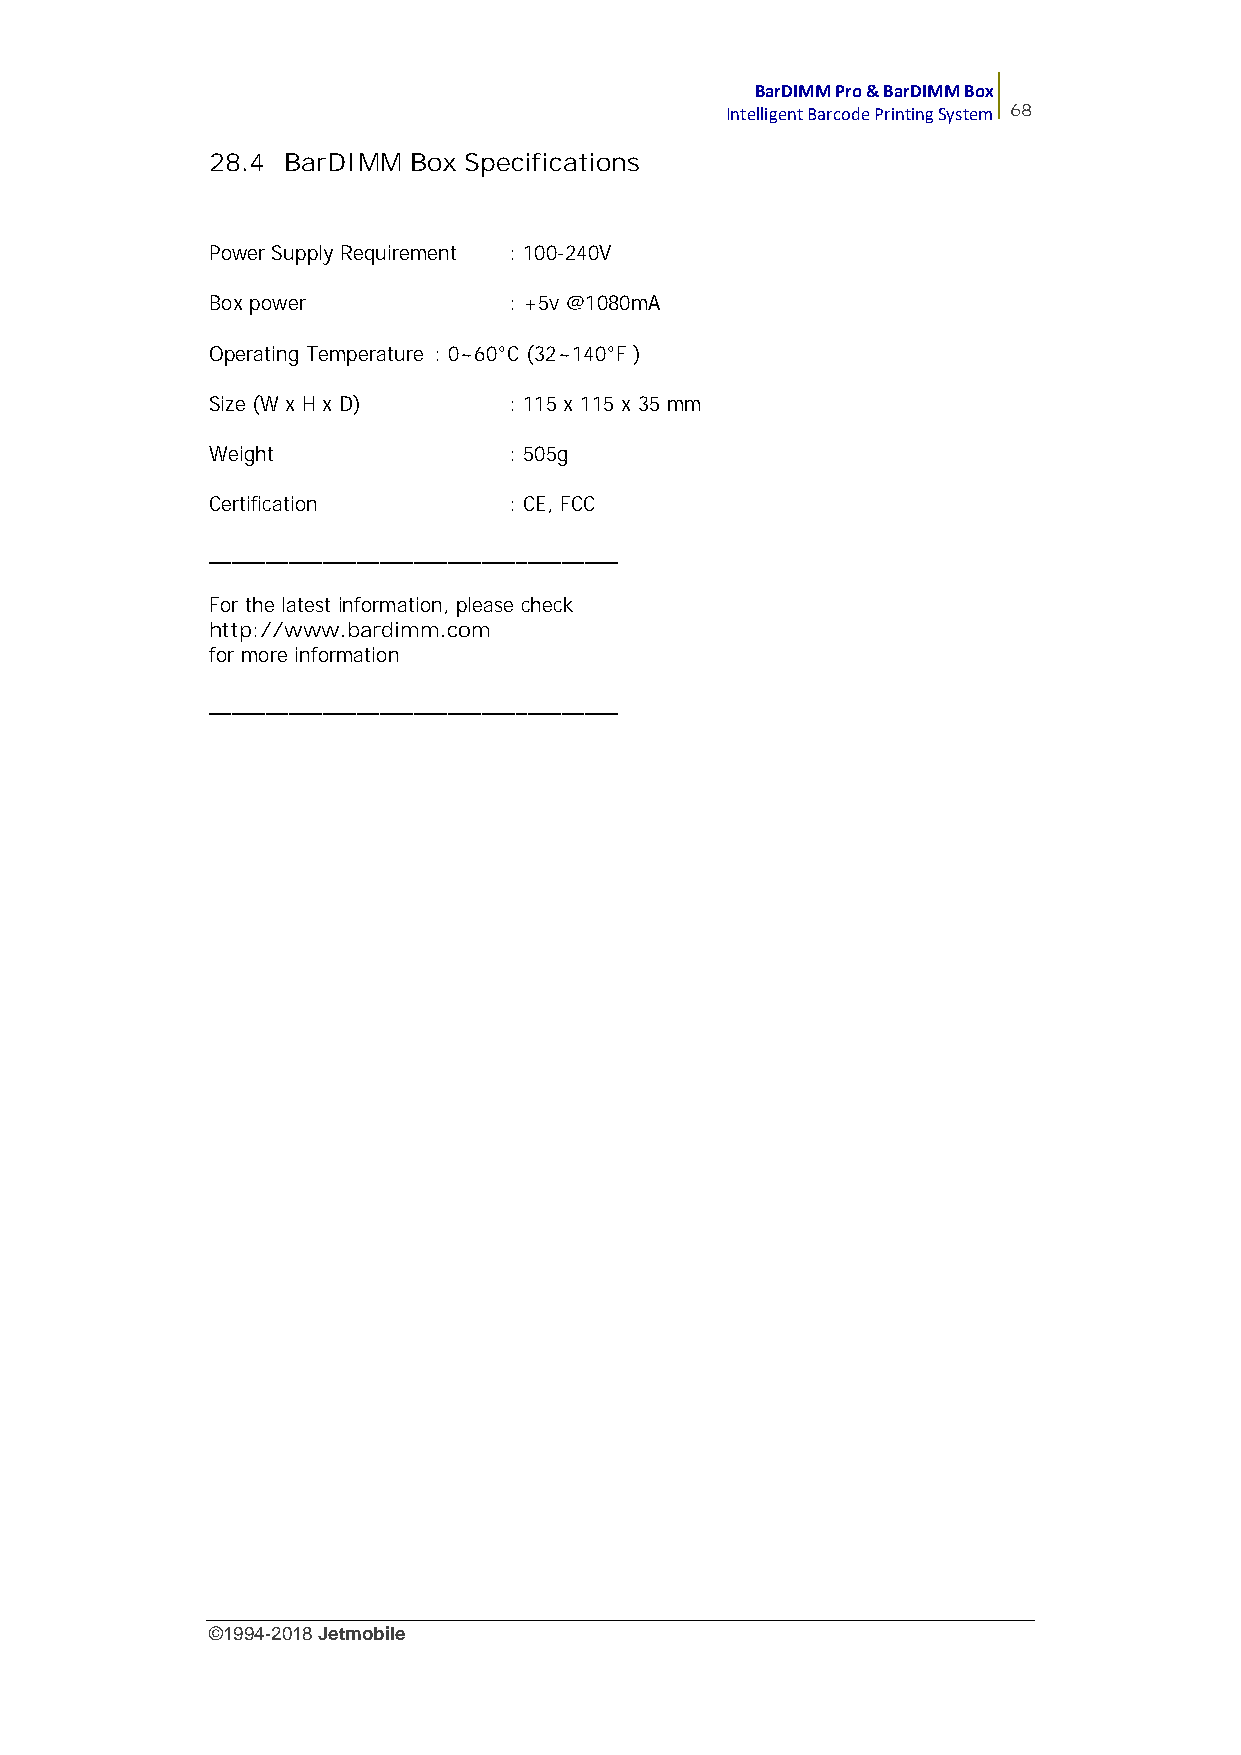
BarDIMM Pro & BarDIMM Box
 Intelligent Barcode Printing System 68
 28.4 BarDIMM Box Specifications
 Power Supply Requirement : 100-240V
 Box power           : +5v @1080mA
 Operating Temperature : 0~60°C (32~140°F )
 Size (W x H x D)    : 115 x 115 x 35 mm
 Weight              : 505g
 Certification       : CE, FCC
 ____________________________________
 For the latest information, please check
 http://www.bardimm.com
 for more information
 ____________________________________
 ©1994-2018Jetmobile
 E
 r
 r
 o